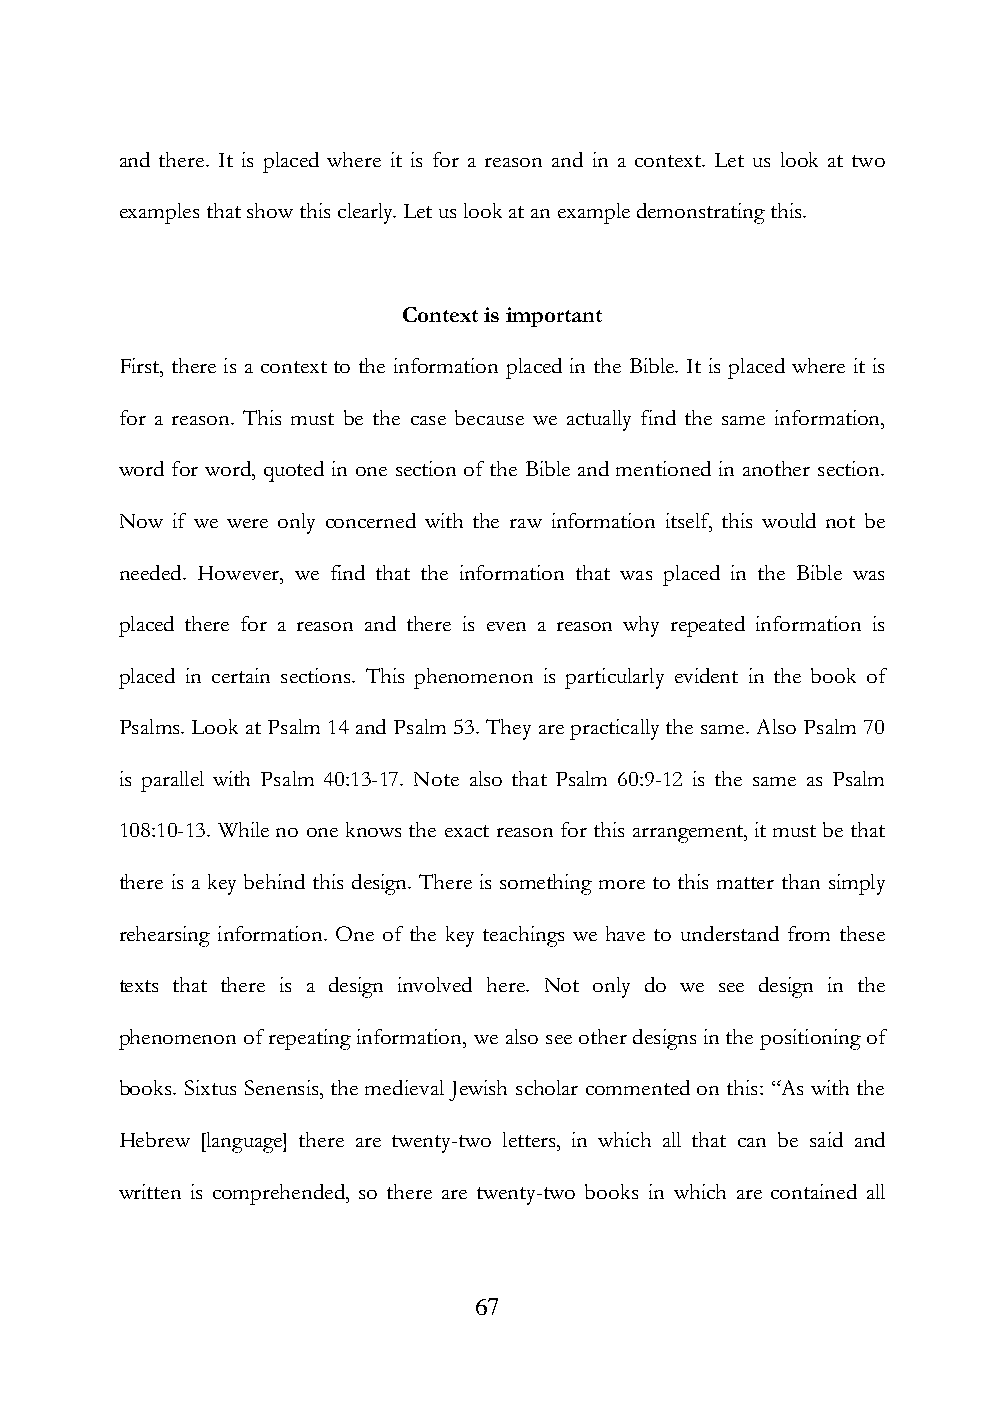
and there. It is placed where it is for a reason and in a context. Let us look at two
 examples that show this clearly. Let us look at an example demonstrating this.
 Context is important
 First, there is a context to the information placed in the Bible. It is placed where it is
 for a reason. This must be the case because we actually find the same information,
 word for word, quoted in one section of the Bible and mentioned in another section.
 Now if we were only concerned with the raw information itself, this would not be
 needed. However, we find that the information that was placed in the Bible was
 placed there for a reason and there is even a reason why repeated information is
 placed in certain sections. This phenomenon is particularly evident in the book of
 Psalms. Look at Psalm 14 and Psalm 53. They are practically the same. Also Psalm 70
 is parallel with Psalm 40:13-17. Note also that Psalm 60:9-12 is the same as Psalm
 108:10-13. While no one knows the exact reason for this arrangement, it must be that
 there is a key behind this design. There is something more to this matter than simply
 rehearsing information. One of the key teachings we have to understand from these
 texts that there is a design involved here. Not only do we see design in the
 phenomenon of repeating information, we also see other designs in the positioning of
 books. Sixtus Senensis, the medieval Jewish scholar commented on this: “As with the
 Hebrew [language] there are twenty-two letters, in which all that can be said and
 written is comprehended, so there are twenty-two books in which are contained all
 67